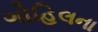
ગોહિલના